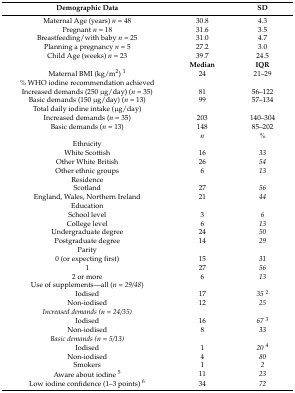
<table><thead><tr><td><b>Demographic Data</b></td><td>[EMPTY_CELL]</td><td><b>SD</b></td></tr></thead><tbody><tr><td>Maternal Age (years) <i>n</i> = 48</td><td>30.8</td><td>4.3</td></tr><tr><td>Pregnant <i>n</i> = 18</td><td>31.6</td><td>3.5</td></tr><tr><td>Breastfeeding/with baby <i>n</i> = 25</td><td>31.0</td><td>4.7</td></tr><tr><td>Planning a pregnancy <i>n</i> = 5</td><td>27.2</td><td>3.0</td></tr><tr><td>Child Age (weeks) <i>n</i> = 23</td><td>39.7</td><td>24.5</td></tr><tr><td>[EMPTY_CELL]</td><td><b>Median</b></td><td><b>IQR</b></td></tr><tr><td>Maternal BMI (kg/m<sup>2</sup>) <sup>1</sup></td><td>24</td><td>21–29</td></tr><tr><td>% WHO iodine recommendation achieved</td><td>[EMPTY_CELL]</td><td>[EMPTY_CELL]</td></tr><tr><td>Increased demands (250 μg/day) (<i>n</i> = 35)</td><td>81</td><td>56–122</td></tr><tr><td>Basic demands (150 μg/day) (<i>n</i> = 13)</td><td>99</td><td>57–134</td></tr><tr><td>Total daily iodine intake (μg/day)</td><td>[EMPTY_CELL]</td><td>[EMPTY_CELL]</td></tr><tr><td>Increased demands (<i>n</i> = 35)</td><td>203</td><td>140–304</td></tr><tr><td>Basic demands (<i>n</i> = 13)</td><td>148</td><td>85–202</td></tr><tr><td>[EMPTY_CELL]</td><td><i>n</i></td><td>%</td></tr><tr><td>Ethnicity</td><td>[EMPTY_CELL]</td><td>[EMPTY_CELL]</td></tr><tr><td>White Scottish</td><td>16</td><td><i>33</i></td></tr><tr><td>Other White British</td><td>26</td><td><i>54</i></td></tr><tr><td>Other ethnic groups</td><td>6</td><td><i>13</i></td></tr><tr><td>Residence</td><td>[EMPTY_CELL]</td><td>[EMPTY_CELL]</td></tr><tr><td>Scotland</td><td>27</td><td><i>56</i></td></tr><tr><td>England, Wales, Northern Ireland</td><td>21</td><td><i>44</i></td></tr><tr><td>Education</td><td>[EMPTY_CELL]</td><td>[EMPTY_CELL]</td></tr><tr><td>School level</td><td>3</td><td><i>6</i></td></tr><tr><td>College level</td><td>6</td><td><i>13</i></td></tr><tr><td>Undergraduate degree</td><td>24</td><td><i>50</i></td></tr><tr><td>Postgraduate degree</td><td>14</td><td><i>29</i></td></tr><tr><td>Parity</td><td>[EMPTY_CELL]</td><td>[EMPTY_CELL]</td></tr><tr><td>0 (or expecting first)</td><td>15</td><td><i>31</i></td></tr><tr><td>1</td><td>27</td><td><i>56</i></td></tr><tr><td>2 or more</td><td>6</td><td><i>13</i></td></tr><tr><td>Use of supplements—all (<i>n = 29/48</i>)</td><td>[EMPTY_CELL]</td><td>[EMPTY_CELL]</td></tr><tr><td>Iodised</td><td>17</td><td><i>35</i><sup>2</sup></td></tr><tr><td>Non-iodised</td><td>12</td><td><i>25</i></td></tr><tr><td><i>Increased demands (n = 24/35)</i></td><td>[EMPTY_CELL]</td><td>[EMPTY_CELL]</td></tr><tr><td>Iodised</td><td>16</td><td><i>67</i><sup>3</sup></td></tr><tr><td>Non-iodised</td><td>8</td><td><i>33</i></td></tr><tr><td><i>Basic demands (n = 5/13)</i></td><td>[EMPTY_CELL]</td><td>[EMPTY_CELL]</td></tr><tr><td>Iodised</td><td>1</td><td><i>20</i><sup>4</sup></td></tr><tr><td>Non-iodised</td><td>4</td><td><i>80</i></td></tr><tr><td>Smokers</td><td>1</td><td><i>2</i></td></tr><tr><td>Aware about iodine <sup>5</sup></td><td>11</td><td><i>23</i></td></tr><tr><td>Low iodine confidence (1–3 points) <sup>6</sup></td><td>34</td><td><i>72</i></td></tr></tbody></table>